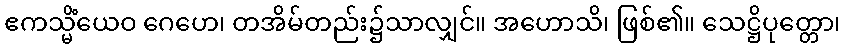
ဧကသ္မိံယေဝ ဂေဟေ၊ တအိမ်တည်း၌သာလျှင်။ အဟောသိ၊ ဖြစ်၏။ သေဋ္ဌိပုတ္တော၊